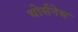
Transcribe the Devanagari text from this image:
थोर्सनेस